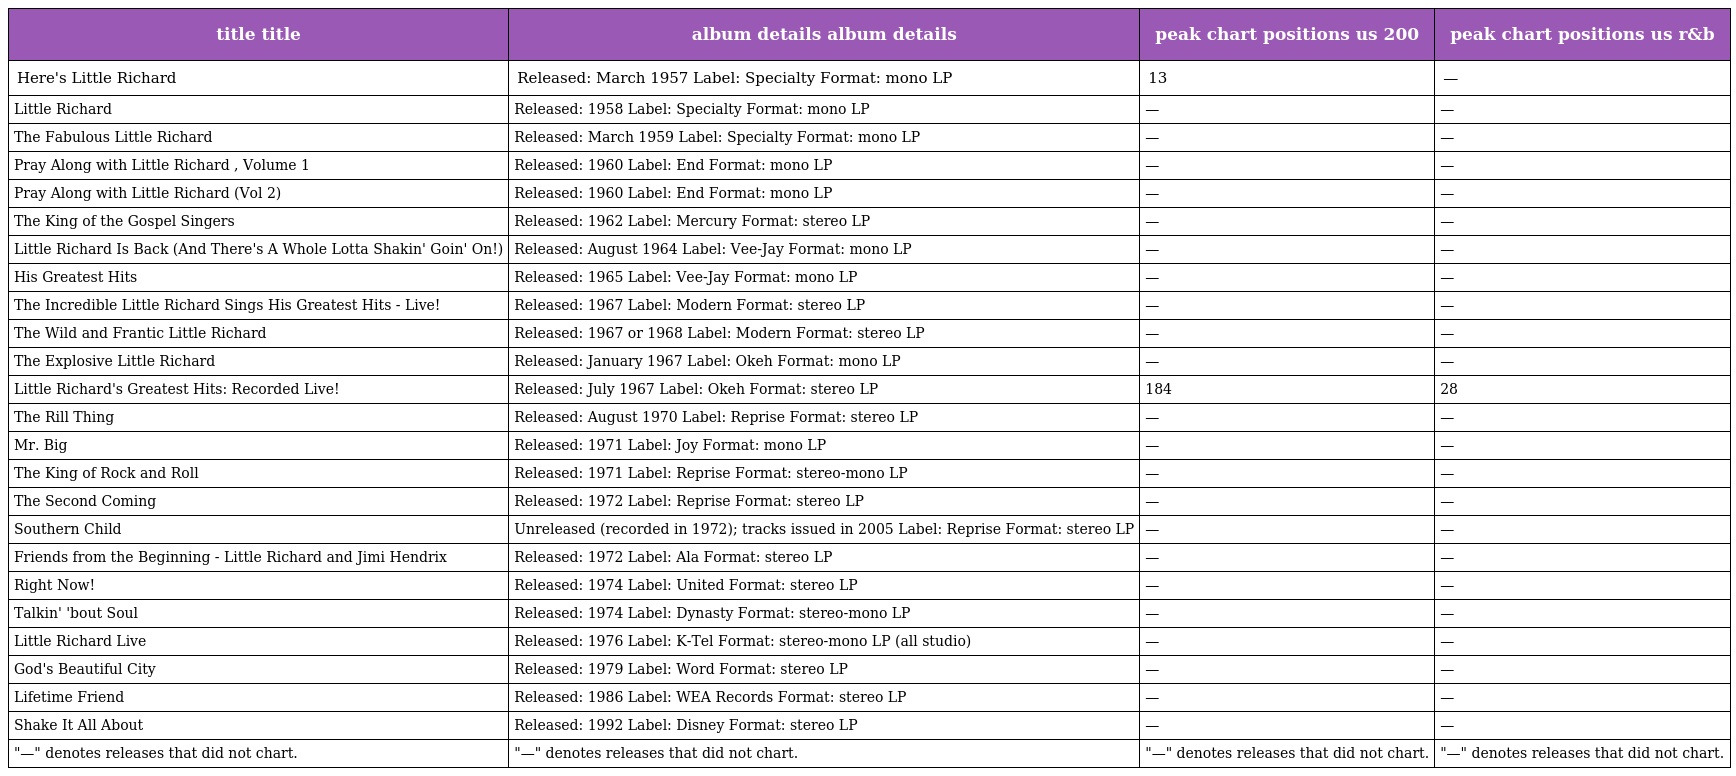
| title title | album details album details | peak chart positions us 200 | peak chart positions us r&b |
 | --- | --- | --- | --- |
 | Here's Little Richard | Released: March 1957 Label: Specialty Format: mono LP | 13 | — |
 | Little Richard | Released: 1958 Label: Specialty Format: mono LP | — | — |
 | The Fabulous Little Richard | Released: March 1959 Label: Specialty Format: mono LP | — | — |
 | Pray Along with Little Richard , Volume 1 | Released: 1960 Label: End Format: mono LP | — | — |
 | Pray Along with Little Richard (Vol 2) | Released: 1960 Label: End Format: mono LP | — | — |
 | The King of the Gospel Singers | Released: 1962 Label: Mercury Format: stereo LP | — | — |
 | Little Richard Is Back (And There's A Whole Lotta Shakin' Goin' On!) | Released: August 1964 Label: Vee-Jay Format: mono LP | — | — |
 | His Greatest Hits | Released: 1965 Label: Vee-Jay Format: mono LP | — | — |
 | The Incredible Little Richard Sings His Greatest Hits - Live! | Released: 1967 Label: Modern Format: stereo LP | — | — |
 | The Wild and Frantic Little Richard | Released: 1967 or 1968 Label: Modern Format: stereo LP | — | — |
 | The Explosive Little Richard | Released: January 1967 Label: Okeh Format: mono LP | — | — |
 | Little Richard's Greatest Hits: Recorded Live! | Released: July 1967 Label: Okeh Format: stereo LP | 184 | 28 |
 | The Rill Thing | Released: August 1970 Label: Reprise Format: stereo LP | — | — |
 | Mr. Big | Released: 1971 Label: Joy Format: mono LP | — | — |
 | The King of Rock and Roll | Released: 1971 Label: Reprise Format: stereo-mono LP | — | — |
 | The Second Coming | Released: 1972 Label: Reprise Format: stereo LP | — | — |
 | Southern Child | Unreleased (recorded in 1972); tracks issued in 2005 Label: Reprise Format: stereo LP | — | — |
 | Friends from the Beginning - Little Richard and Jimi Hendrix | Released: 1972 Label: Ala Format: stereo LP | — | — |
 | Right Now! | Released: 1974 Label: United Format: stereo LP | — | — |
 | Talkin' 'bout Soul | Released: 1974 Label: Dynasty Format: stereo-mono LP | — | — |
 | Little Richard Live | Released: 1976 Label: K-Tel Format: stereo-mono LP (all studio) | — | — |
 | God's Beautiful City | Released: 1979 Label: Word Format: stereo LP | — | — |
 | Lifetime Friend | Released: 1986 Label: WEA Records Format: stereo LP | — | — |
 | Shake It All About | Released: 1992 Label: Disney Format: stereo LP | — | — |
 | "—" denotes releases that did not chart. | "—" denotes releases that did not chart. | "—" denotes releases that did not chart. | "—" denotes releases that did not chart. |